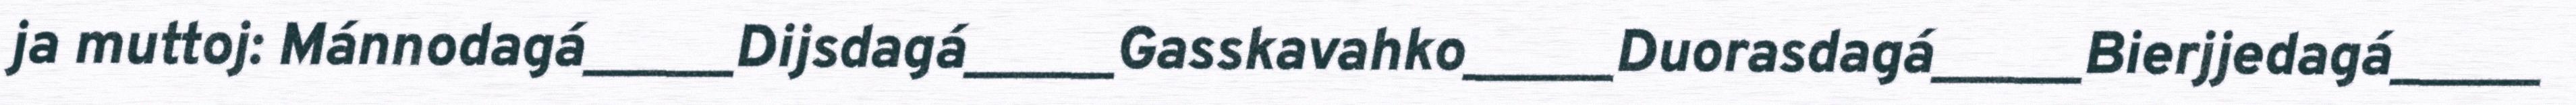
ja muttoj: Mánnodagá_____Dijsdagá_____Gasskavahko_____Duorasdagá_____Bierjjedagá_____